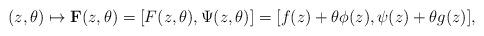
LaTeX: \begin{align*}(z,\theta) \mapsto {\bf F}(z,\theta) = [F(z,\theta),\Psi(z,\theta)] =[f(z) + \theta \phi(z), \psi(z) + \theta g(z)], \end{align*}